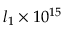
l _ { 1 } \times 1 0 ^ { 1 5 }